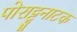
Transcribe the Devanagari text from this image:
पोराट्टुनाटक